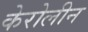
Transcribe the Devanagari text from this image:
केरोलीन